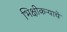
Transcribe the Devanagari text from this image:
भिक्षीकऱ्याचे